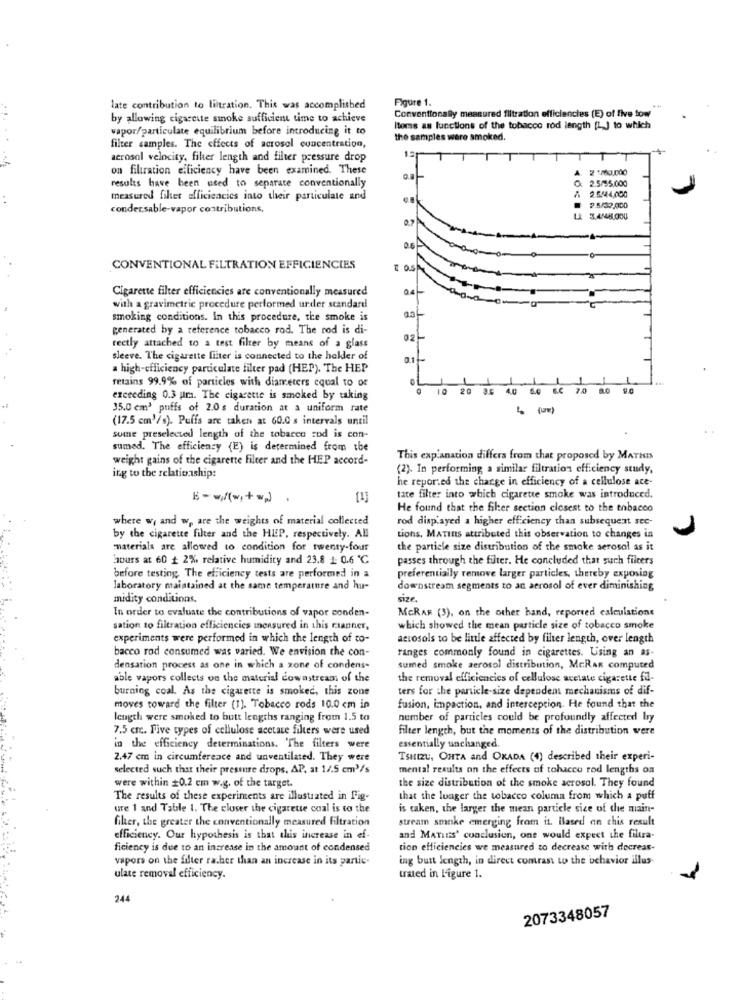
Figure 1.
late contribution to liltration. This was accomplished
Conventionally measured filtration efficiencies (E) of five tow
by allowing cigarette smoke sufficient time to achieve
vapor/particulate equilibrium before introducing it to
Items as functions of the tobacco rod length [L ] to which
the samples were smoked.
filter samples. The effects of acrosel concentration,
aerosol velocity, filer length and filter pressure drop
on filtration efficiency have been examined. These
A
results have been used to separate conventionally
2.5/55,000
2.5444,000
measured filter efficiencies into their particulate and
condersable-vapor contributions,
.
2.5/32.000
LA 3,4/48,000
CONVENTIONAL FILTRATION EFFICIENCIES
[ OS
Cigarette filter efficiencies are conventionally measured
with a gravimetric procedure performed urder standard
smoking conditions. In this procedure, the smoke is
generated by a reference tobacco rod. The rod is di-
02
rectly attached to a test filter by means of a glass
sleeve. The cigarette filter is connected to the hekler of
a high-efficiency particulate filter pad (HEP). The HEP
retains 99.9% of particles with diameters equal to of
10
20 05
40
20
8.0 9.0
exceeding 0.3 ura. The cigarette is smoked by taking
35.0 cm3 puffs of 2.0s duration at a uniform rate
(17.5 cm'/s). Puffa are taken at 60.0 s intervals until
sume preselected length of the tobacco rod is con-
sumed. The efficiency (E) is determined from the
weight gains of the cigarette filter and the HEP accord-
This explanation differs from that proposed by MATHIS
(2). In performing a similar filtration efficiency study,
ing to the relationship:
he reported the change in efficiency of a cellulose ace-
tate filter into which cigarette smoke was introduced.
He found that the filer section closest to the tobacco
where w, and w, are the weights of material collected
rod displayed a higher efficiency than subsequent sec-
by the cigarette filter and the HIP, respectively. All
tions, MATINS attributed this observation to changes in
materials are allowed to condition for twenty-four
the particle size distribution of the smoke aerosol as it
hours at 60 1 2% relative humidity and 23.8 1: 0.6 ℃
passes through the filter. He concluded that such filters
before testing The efficiency tests are performed in a
preferentially remove larger particles, thereby exposing
laboratory maintained at the same temperature and hu-
downstream segments to an aerosol of ever diminishing
midity conditions.
size.
In order to evaluate the contributions of vapor conden-
MERAR (3), on the other hand, reported calculations
sation to filtration efficiencies inensured in this canner,
which showed the mean particle size of tobacco smoke
experiments were performed in which the length of to-
actosols to be little affected by filter length, over length
bacco rod consumed was varied. We envision the con-
Fanges commonly found in cigarettes. Using an as-
densation process as one in which a zone of condens-
sumed smoke aerosol distribution, MERAK computed
able vapors collects on the material downstream of the
the removal efficiencies of cellulose acetate cigarette fd-
burning coal. As the cigarette is smoked, this zone
ters for the particle-size dependent mechanisms of dif-
moves toward the filter (1). Tobacco rods 10.0 cm in
fusion, impaction, and interception. He found that the
length were smoked to butt lengths ranging from 1.5 to
number of particles could be profoundly affected by
7.5 cm. Five types of cellulose acetate filters were used
filter length, but the moments of the distribution were
in the efficiency determinations. The filters were
essentially unchanged.
2.47 cm in circumference and unventilated. They were
TSHIZU, OHTA and OKADA (4) described their experi-
selected such that their pressure drops, AP, at 1/.5 cm3/s
mental results on the effects of tobacco rod lengths on
the size distribution of the smoke acrosol. They found
were within #0.2 cm w.g. of the target.
The results of these experiments are illustrated in fig-
that the longer the tobacco columa from which a puff
ure 1 and Table 1. The closer the cigarette coal is to the
is taken, the larger the mean particle sice of the main-
fiker, the greater the conventionally measured filtration
stream smoke emerging from it. Based on chis result
efficiency. Our hypothesis is that this increase in ef-
and Manus' conclusion, one would expect the filtra-
ficiency is due to an increase in the amount of condensed
tion efficiencies we measured to decrease with decreas-
vapors on the filter rather than an increase in its partie-
ing burt length, in direct contrast to the behavior illus
ulate removal efficiency.
trated in ligure 1.
244
2073348057